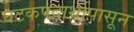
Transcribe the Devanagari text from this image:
घटकपदार्थापासून